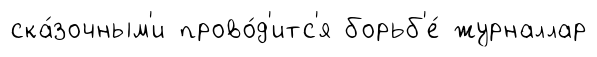
ска́зочным'и прово́д'итс'я борьб'е́ журналлар